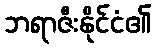
ဘရာဇီးနိုင်ငံ၏